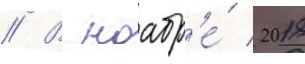
// В ноабр'е́ 2018